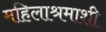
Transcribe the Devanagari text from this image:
महिलाश्रमाशी